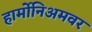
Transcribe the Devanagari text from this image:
हार्मोनिअमवर